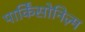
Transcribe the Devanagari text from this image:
पार्किंसोनिज़्म